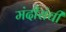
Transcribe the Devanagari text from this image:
मंदीरांची